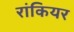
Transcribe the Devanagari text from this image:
रांकियर